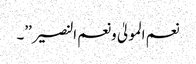
نعم المولیٰ ونعم النصیر’’۔